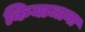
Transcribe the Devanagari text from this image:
कियाजाना